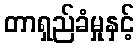
တာရှည်ခံမှုနှင့်